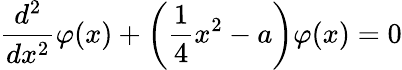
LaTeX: \frac{d^{2}}{dx^{2}}\varphi(x)+\left(\frac{1}{4}x^{2}-a\right)\varphi(x)=0